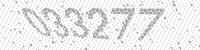
Solution: 033277